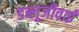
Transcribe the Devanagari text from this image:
डब्लूजीवाई